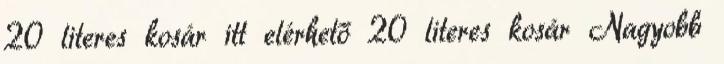
20 literes kosár itt elérhető 20 literes kosár Nagyobb